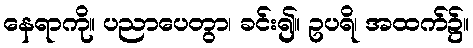
နေရာကို။ ပညာပေတွာ၊ ခင်း၍။ ဥပရိ၊ အထက်၌။